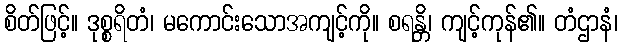
စိတ်ဖြင့်။ ဒုစ္စရိတံ၊ မကောင်းသောအကျင့်ကို။ စရန္တိ၊ ကျင့်ကုန်၏။ တံဌာနံ၊